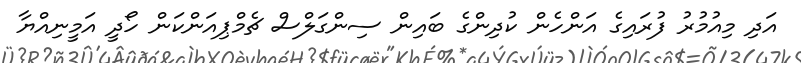
އަދި މިއުމުރު ފުރައިގެ އަންހެން ކުދިންގެ ބައިން ސިންގަަލްސް ޗެމްޕިއަންކަން ހޯދީ އަމީނިއްޔާ